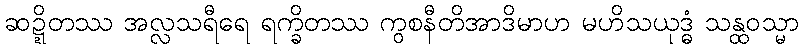
ဆဍ္ဍိတဿ အလ္လသရီရေ ရက္ခိတဿ ကွစနီတိအာဒိမာဟ မဟိသယုဒ္ဓံ သန္ထဝသ္မာ